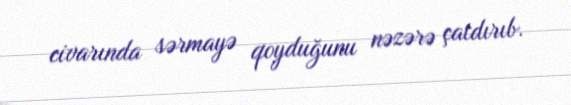
civarında sərmayə qoyduğunu nəzərə çatdırıb.